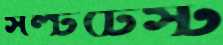
সল্টটেস্ট